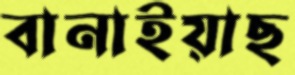
বানাইয়াছ